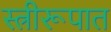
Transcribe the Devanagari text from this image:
स्त्रीरूपात